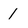
Character: 1